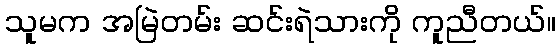
သူမက အမြဲတမ်း ဆင်းရဲသားကို ကူညီတယ်။